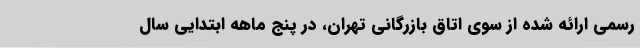
رسمی ارائه شده از سوی اتاق بازرگانی تهران، در پنج ماهه ابتدایی سال